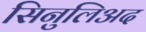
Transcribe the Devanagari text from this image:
सिनुलिअद